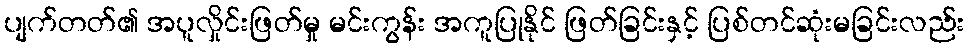
ပျက်တတ်၏ အပူလှိုင်းဖြတ်မှု မင်းကွန်း အကူပြုနိုင် ဖြတ်ခြင်းနှင့် ပြစ်တင်ဆုံးမခြင်းလည်း